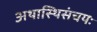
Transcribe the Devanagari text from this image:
अथास्थिसंचयः